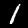
Label: 1